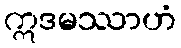
ဣဒမဿာဟံ